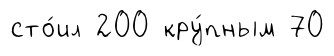
сто́ил 200 кру́пным 70